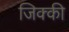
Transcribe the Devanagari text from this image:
जिक्की